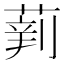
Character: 𱾉